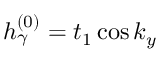
h _ { \gamma } ^ { ( 0 ) } = t _ { 1 } \cos k _ { y }